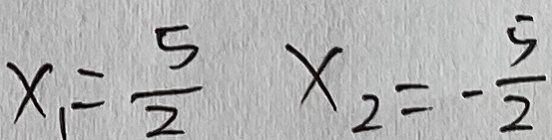
x _ { 1 } = \frac { 5 } { 2 } x _ { 2 } = - \frac { 5 } { 2 }